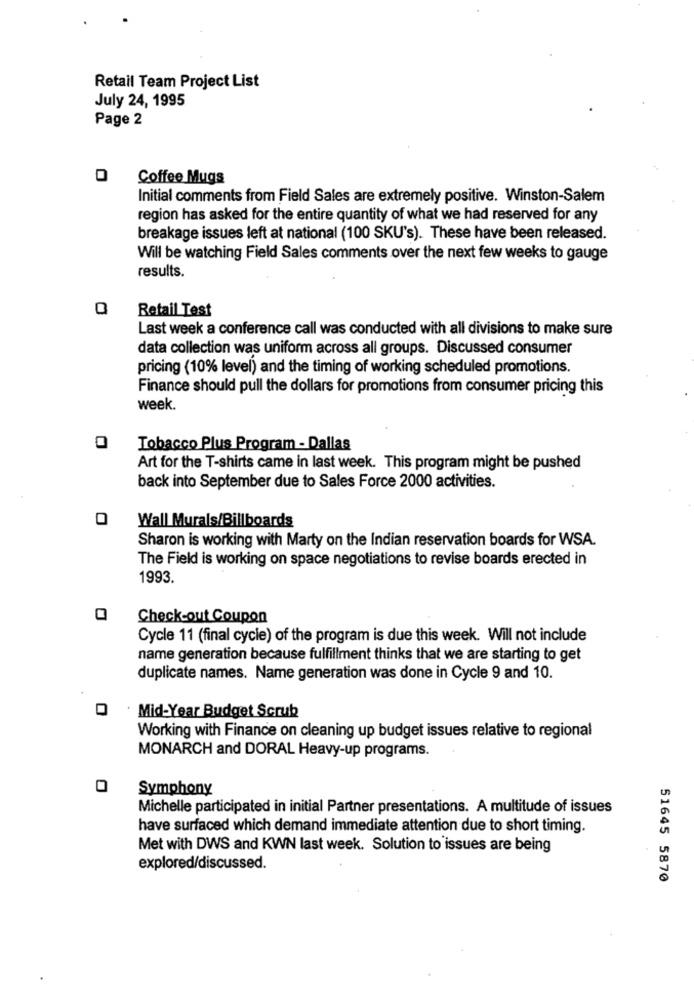
Retail Team Project List
July 24, 1995
Page 2
Coffee Mugs
Initial comments from Field Sales are extremely positive. Winston-Salem
region has asked for the entire quantity of what we had reserved for any
breakage issues left at national (100 SKU's). These have been released.
Will be watching Field Sales comments over the next few weeks to gauge
results.
Retail Test
Last week a conference call was conducted with all divisions to make sure
data collection was uniform across all groups. Discussed consumer
pricing (10% level) and the timing of working scheduled promotions.
Finance should pull the dollars for promotions from consumer pricing this
week.
Tobacco Plus Program - Dallas
Art for the T-shirts came in last week. This program might be pushed
back into September due to Sales Force 2000 activities.
Wall Murals/Billboards
Sharon is working with Marty on the Indian reservation boards for WSA.
The Field is working on space negotiations to revise boards erected in
1993.
Check-out Coupon
Cycle 11 (final cycle) of the program is due this week. Will not include
name generation because fulfillment thinks that we are starting to get
duplicate names. Name generation was done in Cycle 9 and 10.
Mid-Year Budget Scrub
Working with Finance on cleaning up budget issues relative to regional
MONARCH and DORAL Heavy-up programs.
Symphony
Michelle participated in initial Partner presentations. A multitude of issues
have surfaced which demand immediate attention due to short timing.
Met with DWS and KWN last week. Solution to issues are being
explored/discussed.
51645 5870